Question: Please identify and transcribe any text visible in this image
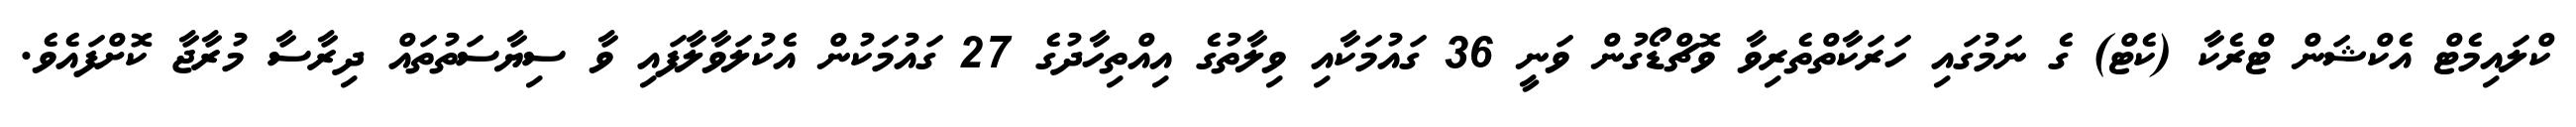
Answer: ކްލައިމެޓް އެކްޝަން ޓްރެކާ (ކެޓް) ގެ ނަމުގައި ހަރަކާތްތެރިވާ ވޮޗްޑޯގުން ވަނީ 36 ގައުމަކާއި ވިލާތުގެ އިއްތިހާދުގެ 27 ގައުމަކުން އެކުލަވާލާފައި ވާ ސިޔާސަތުތައް ދިރާސާ މުރާޖާ ކޮށްފައެވެ.